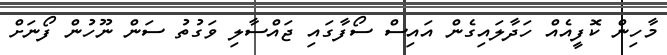
މާހިން ކޮފީއެއް ހަދާލައިގެން އައިސް ސޯފާގައި ޖައްސާލި ވަގުތު ސަން ނޫހުން ފޯނަށް